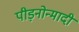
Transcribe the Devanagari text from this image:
पीड़नोन्मादी